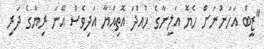
"ޒީބް އަހަންނަށް ހެޔޮ އަލީނާގެ ހުއްދަ އޮތިއްޔާ އަދިވެސް އޭނަ ރިޔާގެ ދަރި